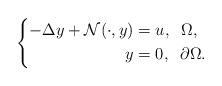
LaTeX: \begin{align*}\left \{\begin{aligned}-\Delta y + \mathcal{N}(\cdot, y)&=u, \;\; \Omega,\\y&=0, \;\; \partial \Omega.\end{aligned}\right. \end{align*}